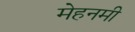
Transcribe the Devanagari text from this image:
मेहनमी